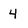
Character: 4